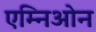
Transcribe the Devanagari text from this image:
एम्निओन